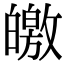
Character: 皦